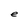
Character: e